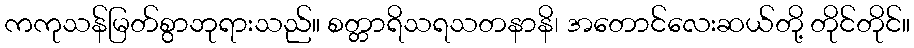
ကကုသန်မြတ်စွာဘုရားသည်။ စတ္တာရိသရသတနာနိ၊ အတောင်လေးဆယ်တို့ တိုင်တိုင်။